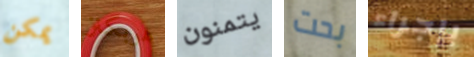
يمكن هوبكنز يتمنون بحت بإجراء